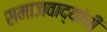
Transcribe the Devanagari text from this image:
समाजवाद्यांची